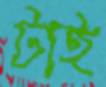
টাই